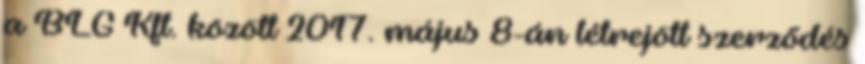
a BLG Kft. között 2017. május 8-án létrejött szerződés